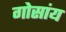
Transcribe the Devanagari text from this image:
गोसांय